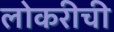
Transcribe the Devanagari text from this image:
लोकरीची